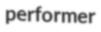
performer